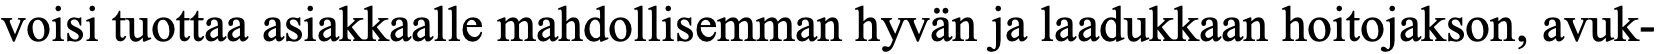
voisi tuottaa asiakkaalle mahdollisemman hyvän ja laadukkaan hoitojakson, avuk-